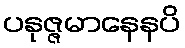
ပနုဇ္ဇမာနေနပိ